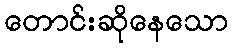
တောင်းဆိုနေသော